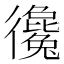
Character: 𢖞